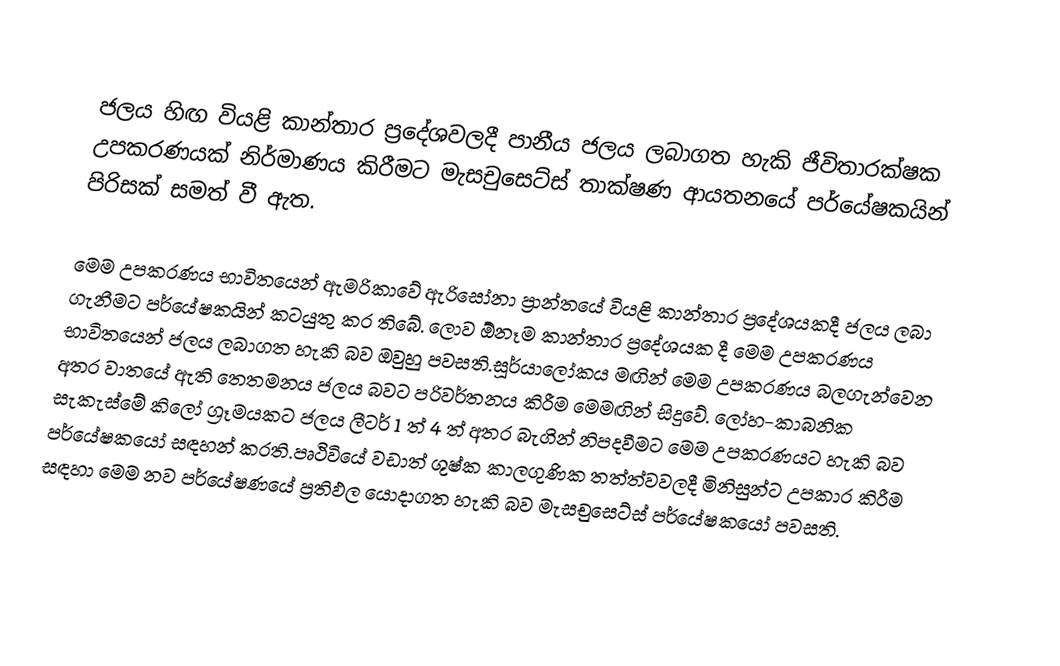

ජලය හිඟ වියළි කාන්තාර ප්‍රදේශවලදී  පානීය ජලය ලබාගත හැකි ජීවිතාරක්ෂක උපකරණයක් නිර්මාණය කිරීමට මැසචුසෙට්ස් තාක්ෂණ ආයතනයේ පර්යේෂකයින් පිරිසක් සමත් වී ඇත.

මෙම උපකරණය භාවිතයෙන් ඇමරිකාවේ ඇරිසෝනා ප්‍රාන්තයේ වියළි කාන්තාර ප්‍රදේශයකදී ජලය ලබා ගැනීමට පර්යේෂකයින් කටයුතු කර තිබේ. ලොව ඕනෑම කාන්තාර ප්‍රදේශයක දී මෙම උපකරණය භාවිතයෙන් ජලය ලබාගත හැකි බව ඔවුහු පවසති.සූර්යාලෝකය මඟින් මෙම උපකරණය බලගැන්වෙන අතර වාතයේ ඇති තෙතමනය ජලය බවට පරිවර්තනය කිරීම මෙමඟින් සිදුවේ.  ලෝහ-කාබනික සැකැස්මේ කිලෝ ග්‍රෑමයකට ජලය ලීටර් 1 ත් 4 ත් අතර බැගින් නිපදවීමට මෙම උපකරණයට හැකි බව  පර්යේෂකයෝ සඳහන් කරති.පෘථිවියේ වඩාත් ශුෂ්ක කාලගුණික තත්ත්වවලදී මිනිසුන්ට උපකාර කිරීම සඳහා මෙම නව පර්යේෂණයේ ප්‍රතිඵල යොදාගත හැකි බව මැසචුසෙට්ස් පර්යේෂකයෝ පවසති.